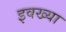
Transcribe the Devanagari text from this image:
इवख्या